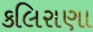
કલિરાણા